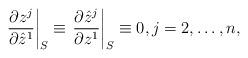
LaTeX: \begin{align*}\left.\frac{\partial z^j}{\partial\hat{z}^1}\right|_S\equiv \left.\frac{\partial \hat{z}^j}{\partial z^1}\right|_S\equiv 0,j=2,\dots,n,\end{align*}